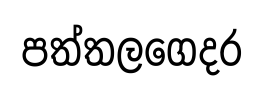
පත්තලගෙදර